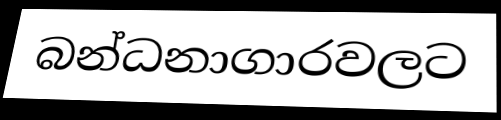
බන්ධනාගාරවලට